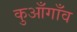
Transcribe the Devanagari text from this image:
कुआँगाँव